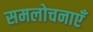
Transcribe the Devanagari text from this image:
समलोचनाएँ